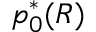
p _ { 0 } ^ { * } ( R )